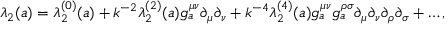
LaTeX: \lambda _ { 2 } ( a ) = \lambda _ { 2 } ^ { ( 0 ) } ( a ) + k ^ { - 2 } \lambda _ { 2 } ^ { ( 2 ) } ( a ) g _ { a } ^ { \mu \nu } \partial _ { \mu } \partial _ { \nu } + k ^ { - 4 } \lambda _ { 2 } ^ { ( 4 ) } ( a ) g _ { a } ^ { \mu \nu } g _ { a } ^ { \rho \sigma } \partial _ { \mu } \partial _ { \nu } \partial _ { \rho } \partial _ { \sigma } + \ldots ,